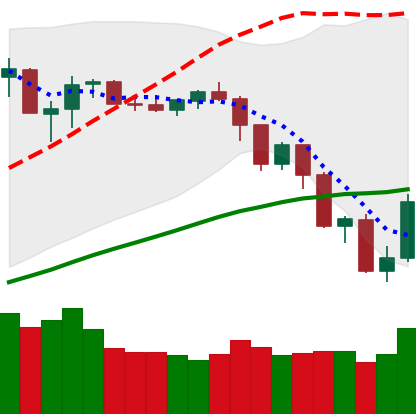
Ticker: NEO-USD
Chart end date: 2019-07-18
Forward return: -13.825%
Label: down_7plus